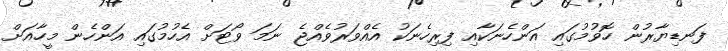
ފަނޑިޔާރުން ހޮވުމުގައި އަންހެނަކާއި ފިރިހެނަކު އެއްވަރުވެއްޖެ ނަމަ ވޯޓަށް އެހުމުގައި އަންހެން މީހާއަށް